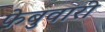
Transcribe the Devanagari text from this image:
फेबुवारी